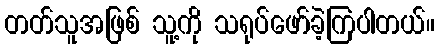
တတ်သူအဖြစ် သူ့ကို သရုပ်ဖော်ခဲ့ကြပါတယ်။